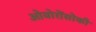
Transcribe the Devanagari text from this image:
ओवोरोंसोकी